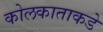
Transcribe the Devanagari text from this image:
कोलकाताकडे